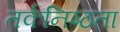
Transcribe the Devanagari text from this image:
तर्कनिष्ठता